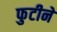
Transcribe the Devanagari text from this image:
फुटीने